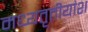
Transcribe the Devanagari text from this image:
मध्यतृतीयांश